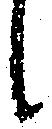
候